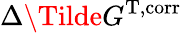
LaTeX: \Delta\Tilde{G}^{\mathrm{T,corr}}